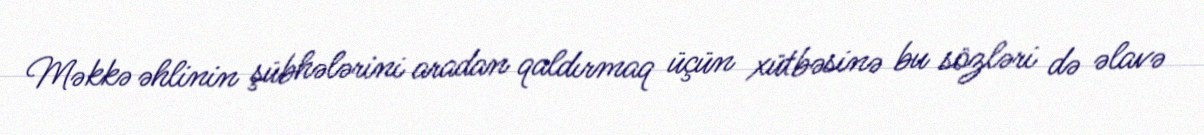
Məkkə əhlinin şübhələrini aradan qaldırmaq üçün xütbəsinə bu sözləri də əlavə